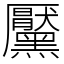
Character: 黶